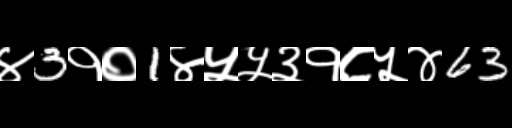
Text: ४3१०1४५५३१८५४63